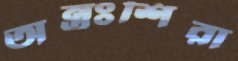
অন্তঃশিরা